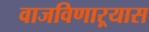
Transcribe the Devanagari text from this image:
वाजविणाऱ्यास